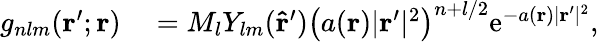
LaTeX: \begin{array}{rl}{g_{nlm}(\mathbf{r}^{\prime};\mathbf{r})}&{{}=M_{l}Y_{lm}(\mathbf{\hat{r}}^{\prime})\left(a(\mathbf{r})|\mathbf{r}^{\prime}|^{2}\right)^{n+l/2}\mathrm{e}^{-a(\mathbf{r})|\mathbf{r}^{\prime}|^{2}},}\end{array}